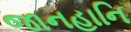
જાનહાનિ